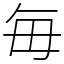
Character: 毎